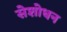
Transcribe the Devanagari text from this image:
सेशोधन